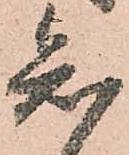
知